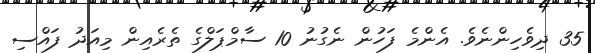
35 ދިވެހިންނެވެ. އެންމެ ފަހުން ނެގުނު 10 ސާމްޕަލްގެ ތެރެއިން މިއަދު ފައްސި